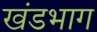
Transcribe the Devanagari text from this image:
खंडभाग